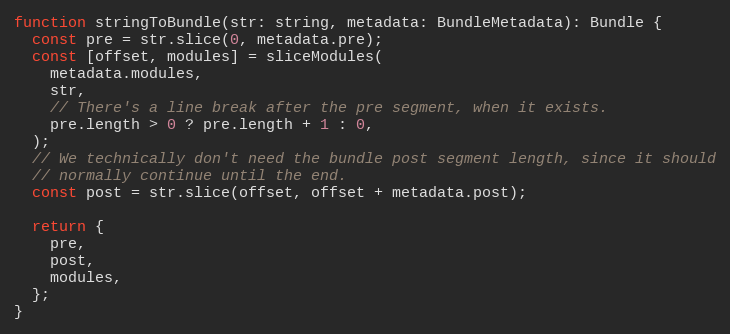
Language: JavaScript
function stringToBundle(str: string, metadata: BundleMetadata): Bundle {
  const pre = str.slice(0, metadata.pre);
  const [offset, modules] = sliceModules(
    metadata.modules,
    str,
    // There's a line break after the pre segment, when it exists.
    pre.length > 0 ? pre.length + 1 : 0,
  );
  // We technically don't need the bundle post segment length, since it should
  // normally continue until the end.
  const post = str.slice(offset, offset + metadata.post);

  return {
    pre,
    post,
    modules,
  };
}